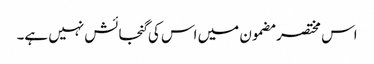
اس مختصر مضمون میں اس کی گنجائش نہیں ہے۔